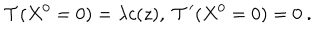
LaTeX: \mathcal { T } ( X ^ { 0 } = 0 ) = \lambda c ( z ) , \ \mathcal { T } ^ { \prime } ( X ^ { 0 } = 0 ) = 0 \ .